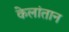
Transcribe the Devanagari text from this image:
केलांतान